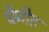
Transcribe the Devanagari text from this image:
चैनीत